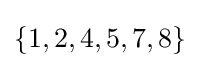
\{1,2,4,5,7,8\}